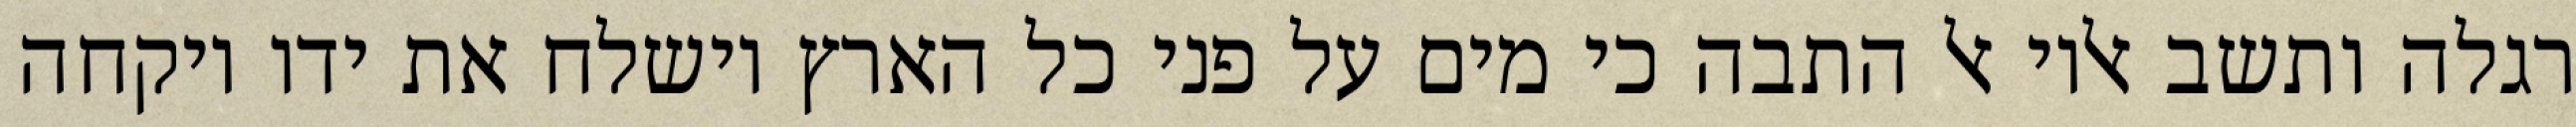
רגלה ותשב אליו אל התבה כי מים על פני כל הארץ וישלח את ידו ויקחה